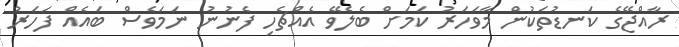
ރާއްޖޭގެ ކަނޑުތަކުން މާވަހަރު ކަަމަށް ބެލެވޭ އެއްޗެހި ފެނުނު ނަމަވެސް ބައެއް ފަހަރު